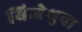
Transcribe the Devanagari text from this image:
बिजेथुवा